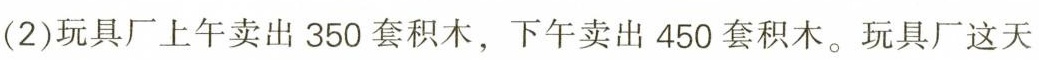
(2)玩具厂上午卖出350套积木，下午卖出450套积木。玩具厂这天